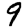
Digit: 9